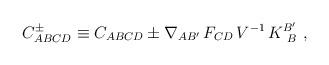
LaTeX: \begin{align*}C_{ABCD}^{\pm} \equiv C_{ABCD} \pm \nabla_{AB'} \, F_{CD} \,V^{-1} \,K^{B'}_{\ B} \ ,\end{align*}